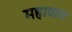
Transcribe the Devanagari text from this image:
महावात